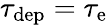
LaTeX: \tau_{\mathrm{dep}}=\tau_{\mathrm{e}}